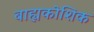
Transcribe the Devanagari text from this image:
बाह्यकोशिक